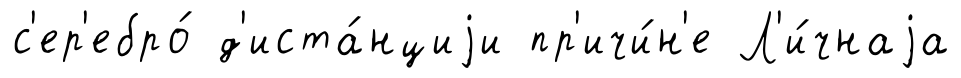
с'ер'ебро́ д'иста́нциjи пр'ичи́н'е Л'и́чнаjа